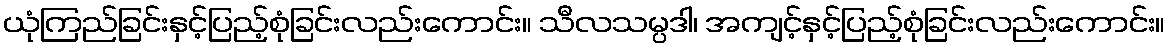
ယုံကြည်ခြင်းနှင့်ပြည့်စုံခြင်းလည်းကောင်း။ သီလသမ္ပဒါ၊ အကျင့်နှင့်ပြည့်စုံခြင်းလည်းကောင်း။